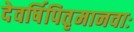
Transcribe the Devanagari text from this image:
देवर्षिपितृमानवाः